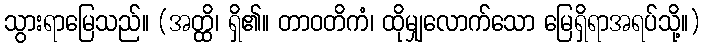
သွားရာမြေသည်။ (အတ္ထိ၊ ရှိ၏။ တာဝတိကံ၊ ထိုမျှလောက်သော မြေရှိရာအရပ်သို့။)